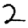
Digit: 2